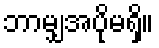
ဘာမျှအပိုမရှိ။